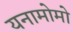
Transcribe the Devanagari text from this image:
यनामोमो